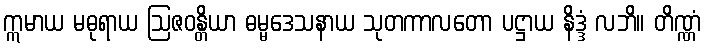
ဣမာယ မဓုရာယ ဩဇဝန္တိယာ ဓမ္မဒေသနာယ သုတကာလတော ပဋ္ဌာယ နိဒ္ဒံ လဘိ။ တိဏ္ဏံ